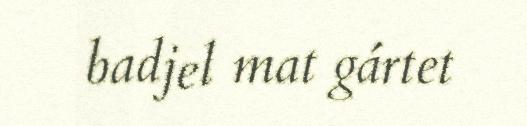
badjel mat gártet